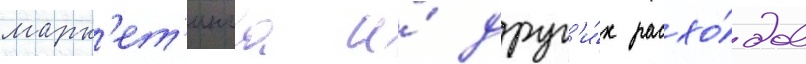
марк'ет'инга и́ друг'и́х расхо́дов